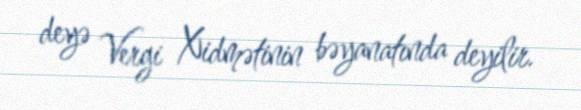
deyə Vergi Xidmətinin bəyanatında deyilir.